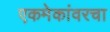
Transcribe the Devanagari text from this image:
एकमेकांवरचा